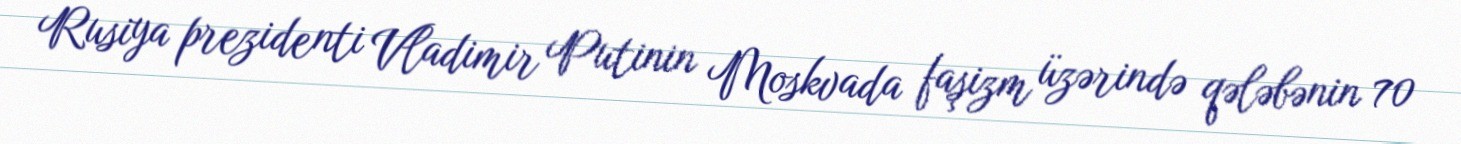
Rusiya prezidenti Vladimir Putinin Moskvada faşizm üzərində qələbənin 70